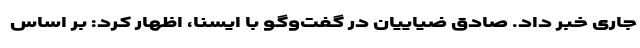
جاری خبر داد. صادق ضیاییان در گفت‌وگو با ایسنا، اظهار کرد: بر اساس